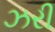
ઝરી